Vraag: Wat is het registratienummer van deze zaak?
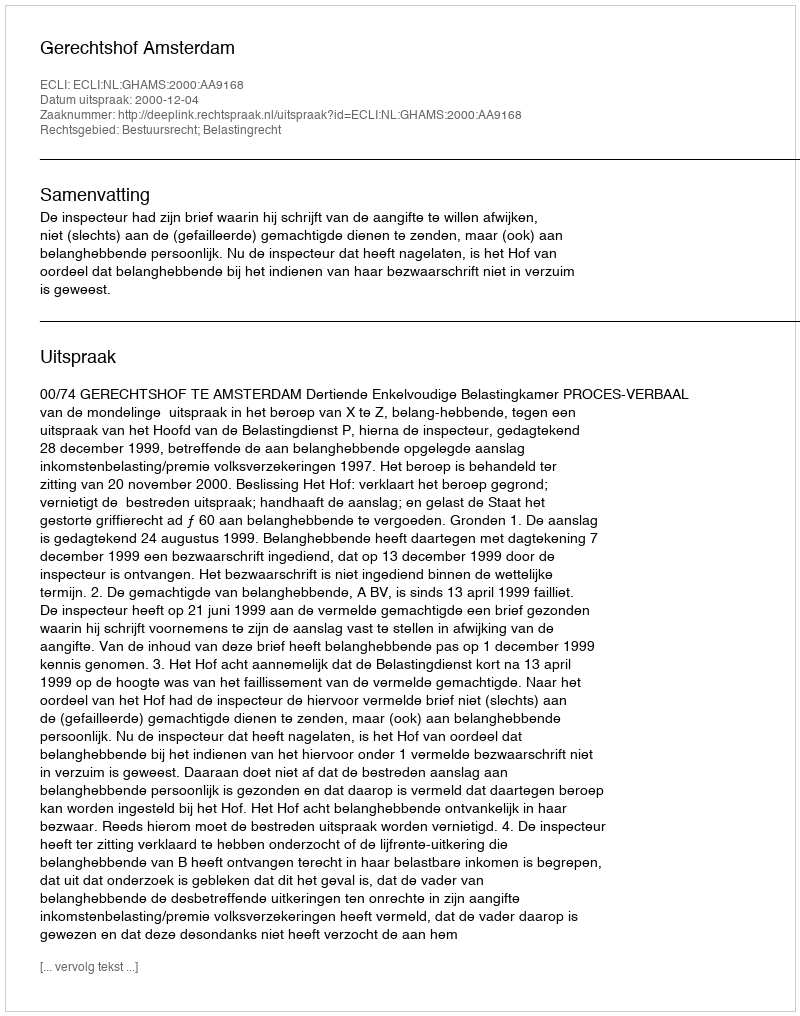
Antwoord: http://deeplink.rechtspraak.nl/uitspraak?id=ECLI:NL:GHAMS:2000:AA9168